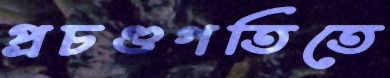
প্রচণ্ডগতিতে